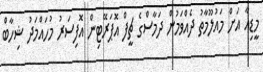
މީޑިއާ އަށް މައުލޫމާތު ދެއްވަމުން ދަމާސްގެ ޗީފް އޮޕަރޭޓިން އޮފިސަރު މުހައްމަދު ޝިހާބް